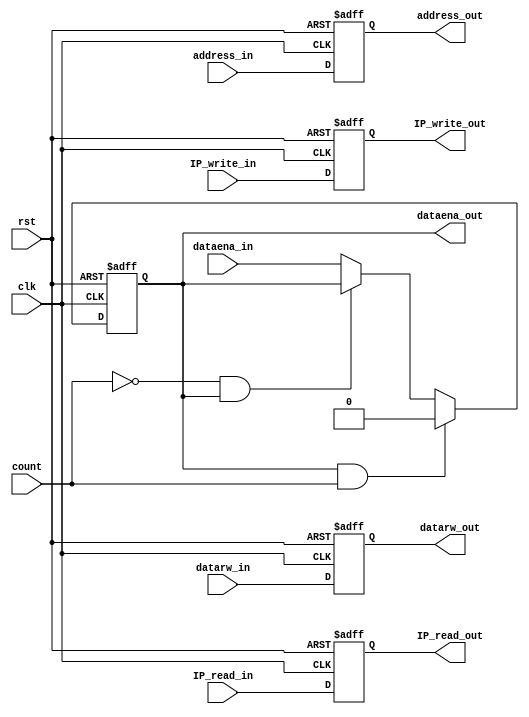
//+FHDR------------------------------------------------------------------  
// (C) Copyright Company National Cheng Kung University (NCKU)             
//  All Right Reserved                                                     
//-----------------------------------------------------------------------  
//  CONTACT INFORMATION: n26991784@mail.ncku.edu.tw                    
//-----------------------------------------------------------------------  
//  RELEASE VERSION: v1.0                                                  
//  VERSION DESCRIPTION:                         
//-----------------------------------------------------------------------  
//  RELEASE DATE:                                                          
//-----------------------------------------------------------------------  
//  PURPOSE:                                                              
//-----------------------------------------------------------------------  
//  PARAMETERS:                                                            
//         
//                               
//-FHDR------------------------------------------------------------------

`timescale 1ns/10ps
module EXMEM(//output
			datarw_out,
			dataena_out,
			address_out,
			IP_write_out,
			IP_read_out,
			
			
			//input
			IP_read_in,
			IP_write_in,
			address_in,
			datarw_in,
			dataena_in,
			count,
			clk,
			rst
			);

input [19:0] address_in;
input datarw_in;
input dataena_in;
input IP_write_in;
input count;
input IP_read_in;
input clk;
input rst;

output reg  [19:0] 	address_out;
output reg 	datarw_out;
output reg	dataena_out;
output reg	IP_write_out;
output reg  IP_read_out;

always @ (posedge clk or posedge rst)
begin
	if (rst) begin
		datarw_out = 0;
		address_out = 19'd0;
		IP_write_out = 0;
		IP_read_out = 0;
		end
		else begin
		datarw_out = datarw_in;
		address_out = address_in;
		IP_write_out = IP_write_in;
		IP_read_out = IP_read_in;
		end
	end

always @ (posedge clk or posedge rst)
begin
	if (rst) 
		dataena_out = 0;
	else if (dataena_out==1 && count)
		dataena_out = 0;
	else if (count==0 && dataena_out==1)
		dataena_out = dataena_out;
	else
		dataena_out = dataena_in;
end

endmodule